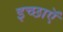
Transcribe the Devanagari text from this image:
इच्छाऍं